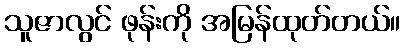
သူဇာလွင် ဖုန်းကို အမြန်ထုတ်တယ်။